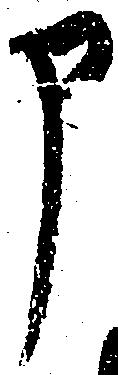
申